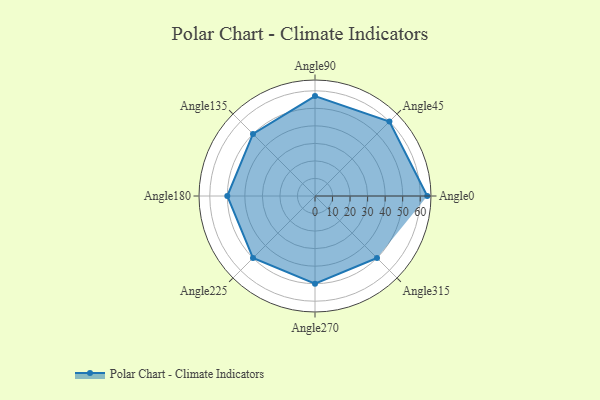
{"axis": {"x": "Angle", "y": "Radius"}, "legend": [""], "data": [{"x": "Angle0", "y": 64.0, "type": ""}, {"x": "Angle45", "y": 60.0, "type": ""}, {"x": "Angle90", "y": 57.0, "type": ""}, {"x": "Angle135", "y": 50, "type": ""}, {"x": "Angle180", "y": 50, "type": ""}, {"x": "Angle225", "y": 50, "type": ""}, {"x": "Angle270", "y": 50, "type": ""}, {"x": "Angle315", "y": 50, "type": ""}]}